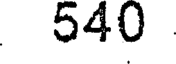
540